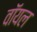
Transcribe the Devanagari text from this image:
वॉयल